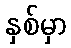
နှစ်မှာ